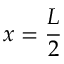
x = \frac { L } { 2 }